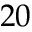
2 0